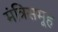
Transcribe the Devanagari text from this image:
मंत्रिसमूह